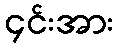
၄င်းအား